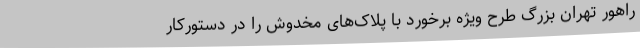
راهور تهران بزرگ طرح ویژه برخورد با پلاک‌های مخدوش را در دستورکار